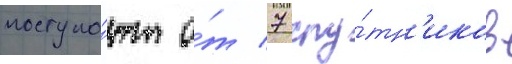
поступа́ют о́т 7 спу́тн'иков